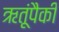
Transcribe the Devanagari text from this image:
ऋतूंपैकी